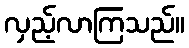
လှည့်လာကြသည်။